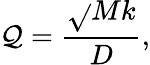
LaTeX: \mathcal{Q}={\frac{{\sqrt{}{{Mk}}}}{{D}}},